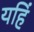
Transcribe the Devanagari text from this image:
यहिं